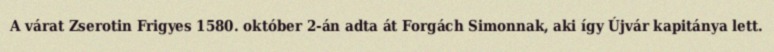
A várat Zserotin Frigyes 1580. október 2-án adta át Forgách Simonnak, aki így Újvár kapitánya lett.